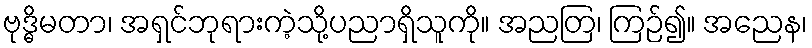
ဗုဒ္ဓိမတာ၊ အရှင်ဘုရားကဲ့သို့ပညာရှိသူကို။ အညတြ၊ ကြဉ်၍။ အညေန၊